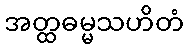
အတ္ထဓမ္မသဟိတံ